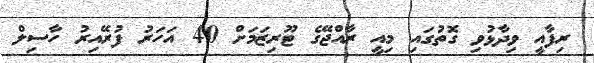
ރިފާއީ ވިދާޅުވި ގޮތުގައި މިއީ ރާއްޖޭގެ ޓޫރިޒަމަށް 40 އަހަރު ފުރޭއިރު ހާސިލް